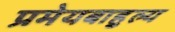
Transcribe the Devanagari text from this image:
प्रमेयबाहुल्य